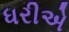
ધરીએ